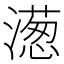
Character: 濍